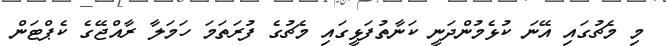
މި މެޗުގައި އޭނަ ކުޅެމުންދަނީ ކަނާތުފަޅީގައި މެޗުގެ ފުރަތަމަ ހަމަލާ ރާއްޖޭގެ ކެޕްޓަން